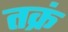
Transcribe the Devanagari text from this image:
तक्रं